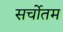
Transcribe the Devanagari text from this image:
सर्चोतम